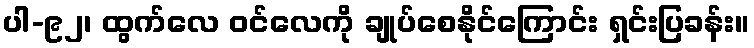
ပါ-၉၂၊ ထွက်လေ ဝင်လေကို ချုပ်စေနိုင်ကြောင်း ရှင်းပြခန်း။